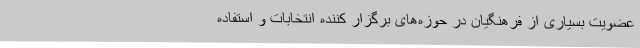
عضویت بسیاری از فرهنگیان در حوزه‌های برگزار کننده انتخابات و استفاده